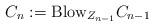
LaTeX: \begin{align*}C_n := \mathrm{Blow}_{Z_{n-1}} C_{n-1}\end{align*}